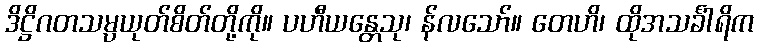
ဒိဋ္ဌိဂတသမ္ပယုတ်စိတ်တို့ကို။ ပဟီယန္တေသု၊ န်လသော်။ တေဟိ၊ ထိုအသင်္ခါရိက